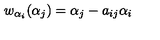
w _ { \alpha _ { i } } ( \alpha _ { j } ) = \alpha _ { j } - a _ { i j } \alpha _ { i }